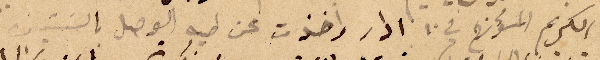
الكريم المؤرخ في ١٠ ادار واخذت عن طيه الوصل بالستين